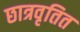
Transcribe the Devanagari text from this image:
छात्रवृतित